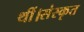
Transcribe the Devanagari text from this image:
थीं।संस्कृत